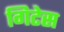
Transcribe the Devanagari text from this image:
गिटेस